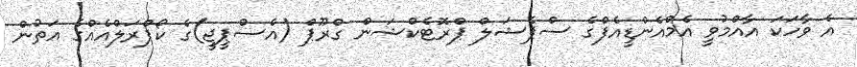
އެ ވާހަކަ އާއްމުވީ އެމްއެންޑީއެފްގެ ސްޕެޝަލް ޕްރޮޓެކްޝަން ގްރޫޕް (އެސްޕީޖީ)ގެ ކޯޕްރަލްއެއްގެ އަތުން